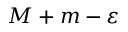
M + m - \varepsilon